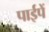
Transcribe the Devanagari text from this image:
पाईपें